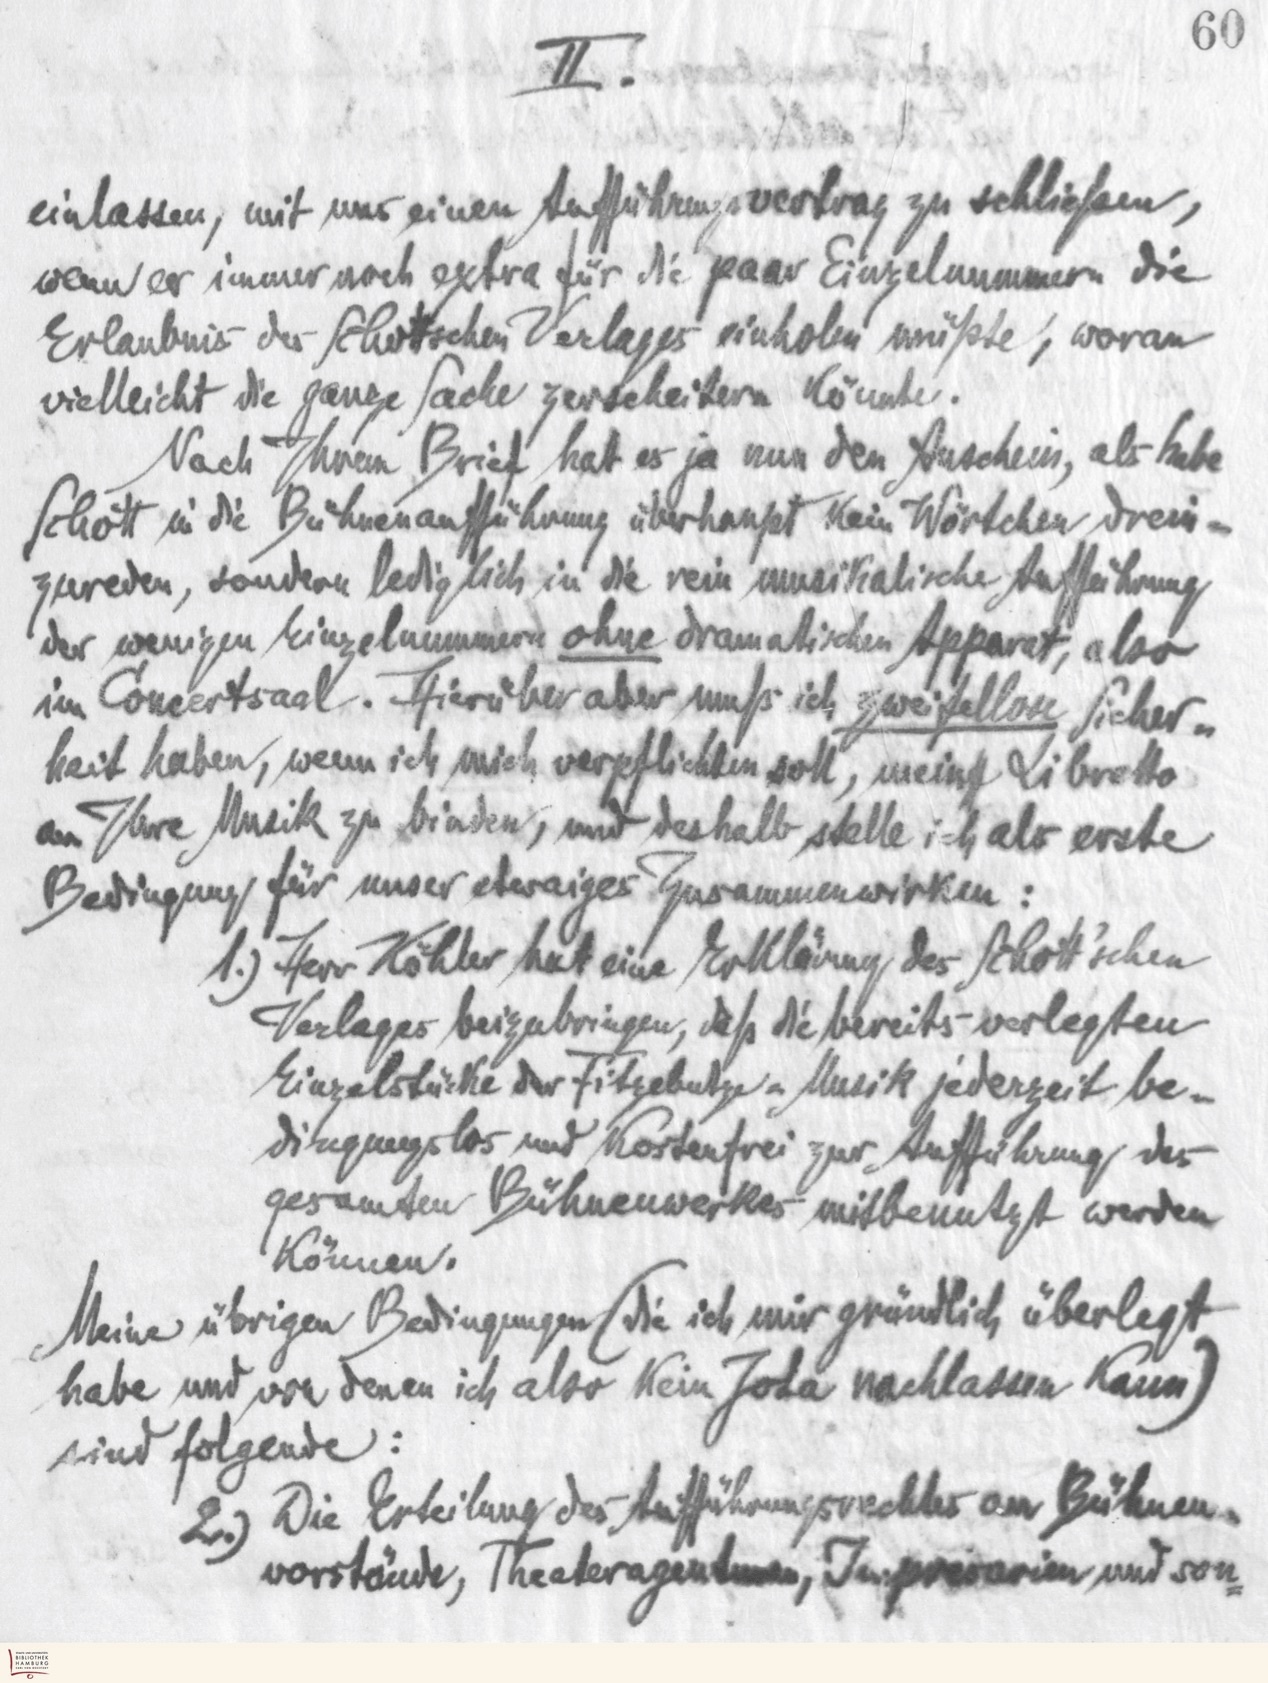
60
II.
einlassen, mit uns einen Aufführungsvertrag zu schließen,
wenn er immer noch extra für die paar Einzelnummern die
Erlaubnis des Schottschen Verlages einholen müßte, woran
vielleicht die ganze Sache zerscheitern könnte.
Nach Ihrem Brief hat es ja nun den Anschein, als habe
Schott in die Bühnenaufführung überhaupt kein Wörtchen drein-
zureden, sondern lediglich in die rein musikalische Aufführung
der wenigen Einzelnummern ohne dramatischen Apparat, also
im Concertsaal. Hierüber aber muß ich zweifellose Sicher-
heit haben, wenn ich mich verpflichten soll, mein Libretto
an Ihre Musik zu binden, und deshalb stelle ich als erste
Bedingung für unser etwaiges Zusammenwirken:
1.) Herr Köhler hat eine Erklärung des Schott'schen
Verlages beizubringen, daß die bereits verlegten
Einzelstücke der Fitzebutze-Musik jederzeit be-
dingungslos und kostenfrei zur Aufführung des
gesamen Bühnenwerkes mitbenutzt werden
können.
Meine übrigen Bedingungen (die ich mir gründlich überlegt
habe und von denen ich also kein Jota nachlassen kann)
sind folgende:
2.) Die Erteilung des Aufführungsrechtes an Bühnen-
vorstände, Theateragenturen, Impresorien und son-